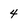
Character: 4